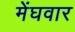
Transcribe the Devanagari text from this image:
मेंघवार